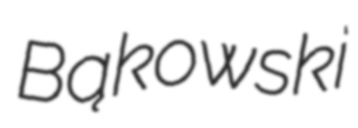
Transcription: Bąkowski